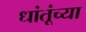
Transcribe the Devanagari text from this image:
धांतूंच्या